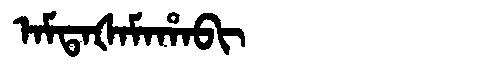
Manchu: ᠠᠮᡨᠠᡧᠠᠮᠠᡥᠠᠪᡳ
Romanization: AMTAŠAMAHABI